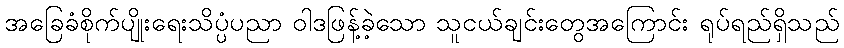
အခြေခံစိုက်ပျိုးရေးသိပ္ပံပညာ ဝါဒဖြန့်ခဲ့သော သူငယ်ချင်းတွေအကြောင်း ရုပ်ရည်ရှိသည်